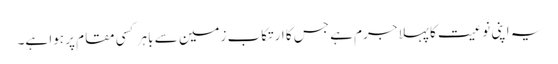
یہ اپنی نوعیت کا پہلا جرم ہے جس کا ارتکاب زمین سے باہر کسی مقام پر ہوا ہے۔